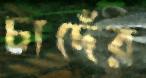
চাদেঁর